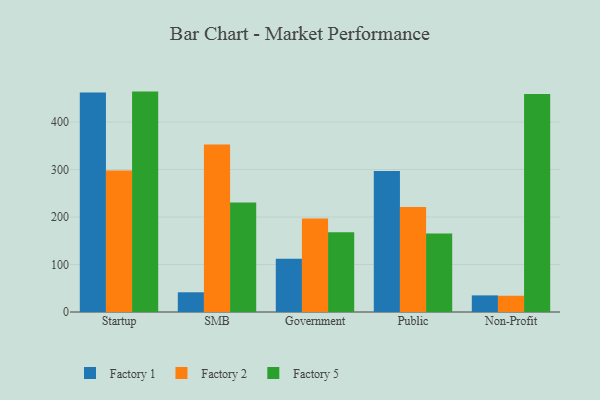
{"axis": {"x": "Segment", "y": "Population (Million)"}, "legend": ["Factory 1", "Factory 2", "Factory 5"], "data": [{"x": "Startup", "y": 462.2, "type": "Factory 1"}, {"x": "Startup", "y": 298.0, "type": "Factory 2"}, {"x": "Startup", "y": 464.0, "type": "Factory 5"}, {"x": "SMB", "y": 41.5, "type": "Factory 1"}, {"x": "SMB", "y": 352.7, "type": "Factory 2"}, {"x": "SMB", "y": 230.6, "type": "Factory 5"}, {"x": "Government", "y": 112.0, "type": "Factory 1"}, {"x": "Government", "y": 196.9, "type": "Factory 2"}, {"x": "Government", "y": 168.1, "type": "Factory 5"}, {"x": "Public", "y": 297.0, "type": "Factory 1"}, {"x": "Public", "y": 221.3, "type": "Factory 2"}, {"x": "Public", "y": 165.4, "type": "Factory 5"}, {"x": "Non-Profit", "y": 35.0, "type": "Factory 1"}, {"x": "Non-Profit", "y": 34.2, "type": "Factory 2"}, {"x": "Non-Profit", "y": 458.7, "type": "Factory 5"}]}